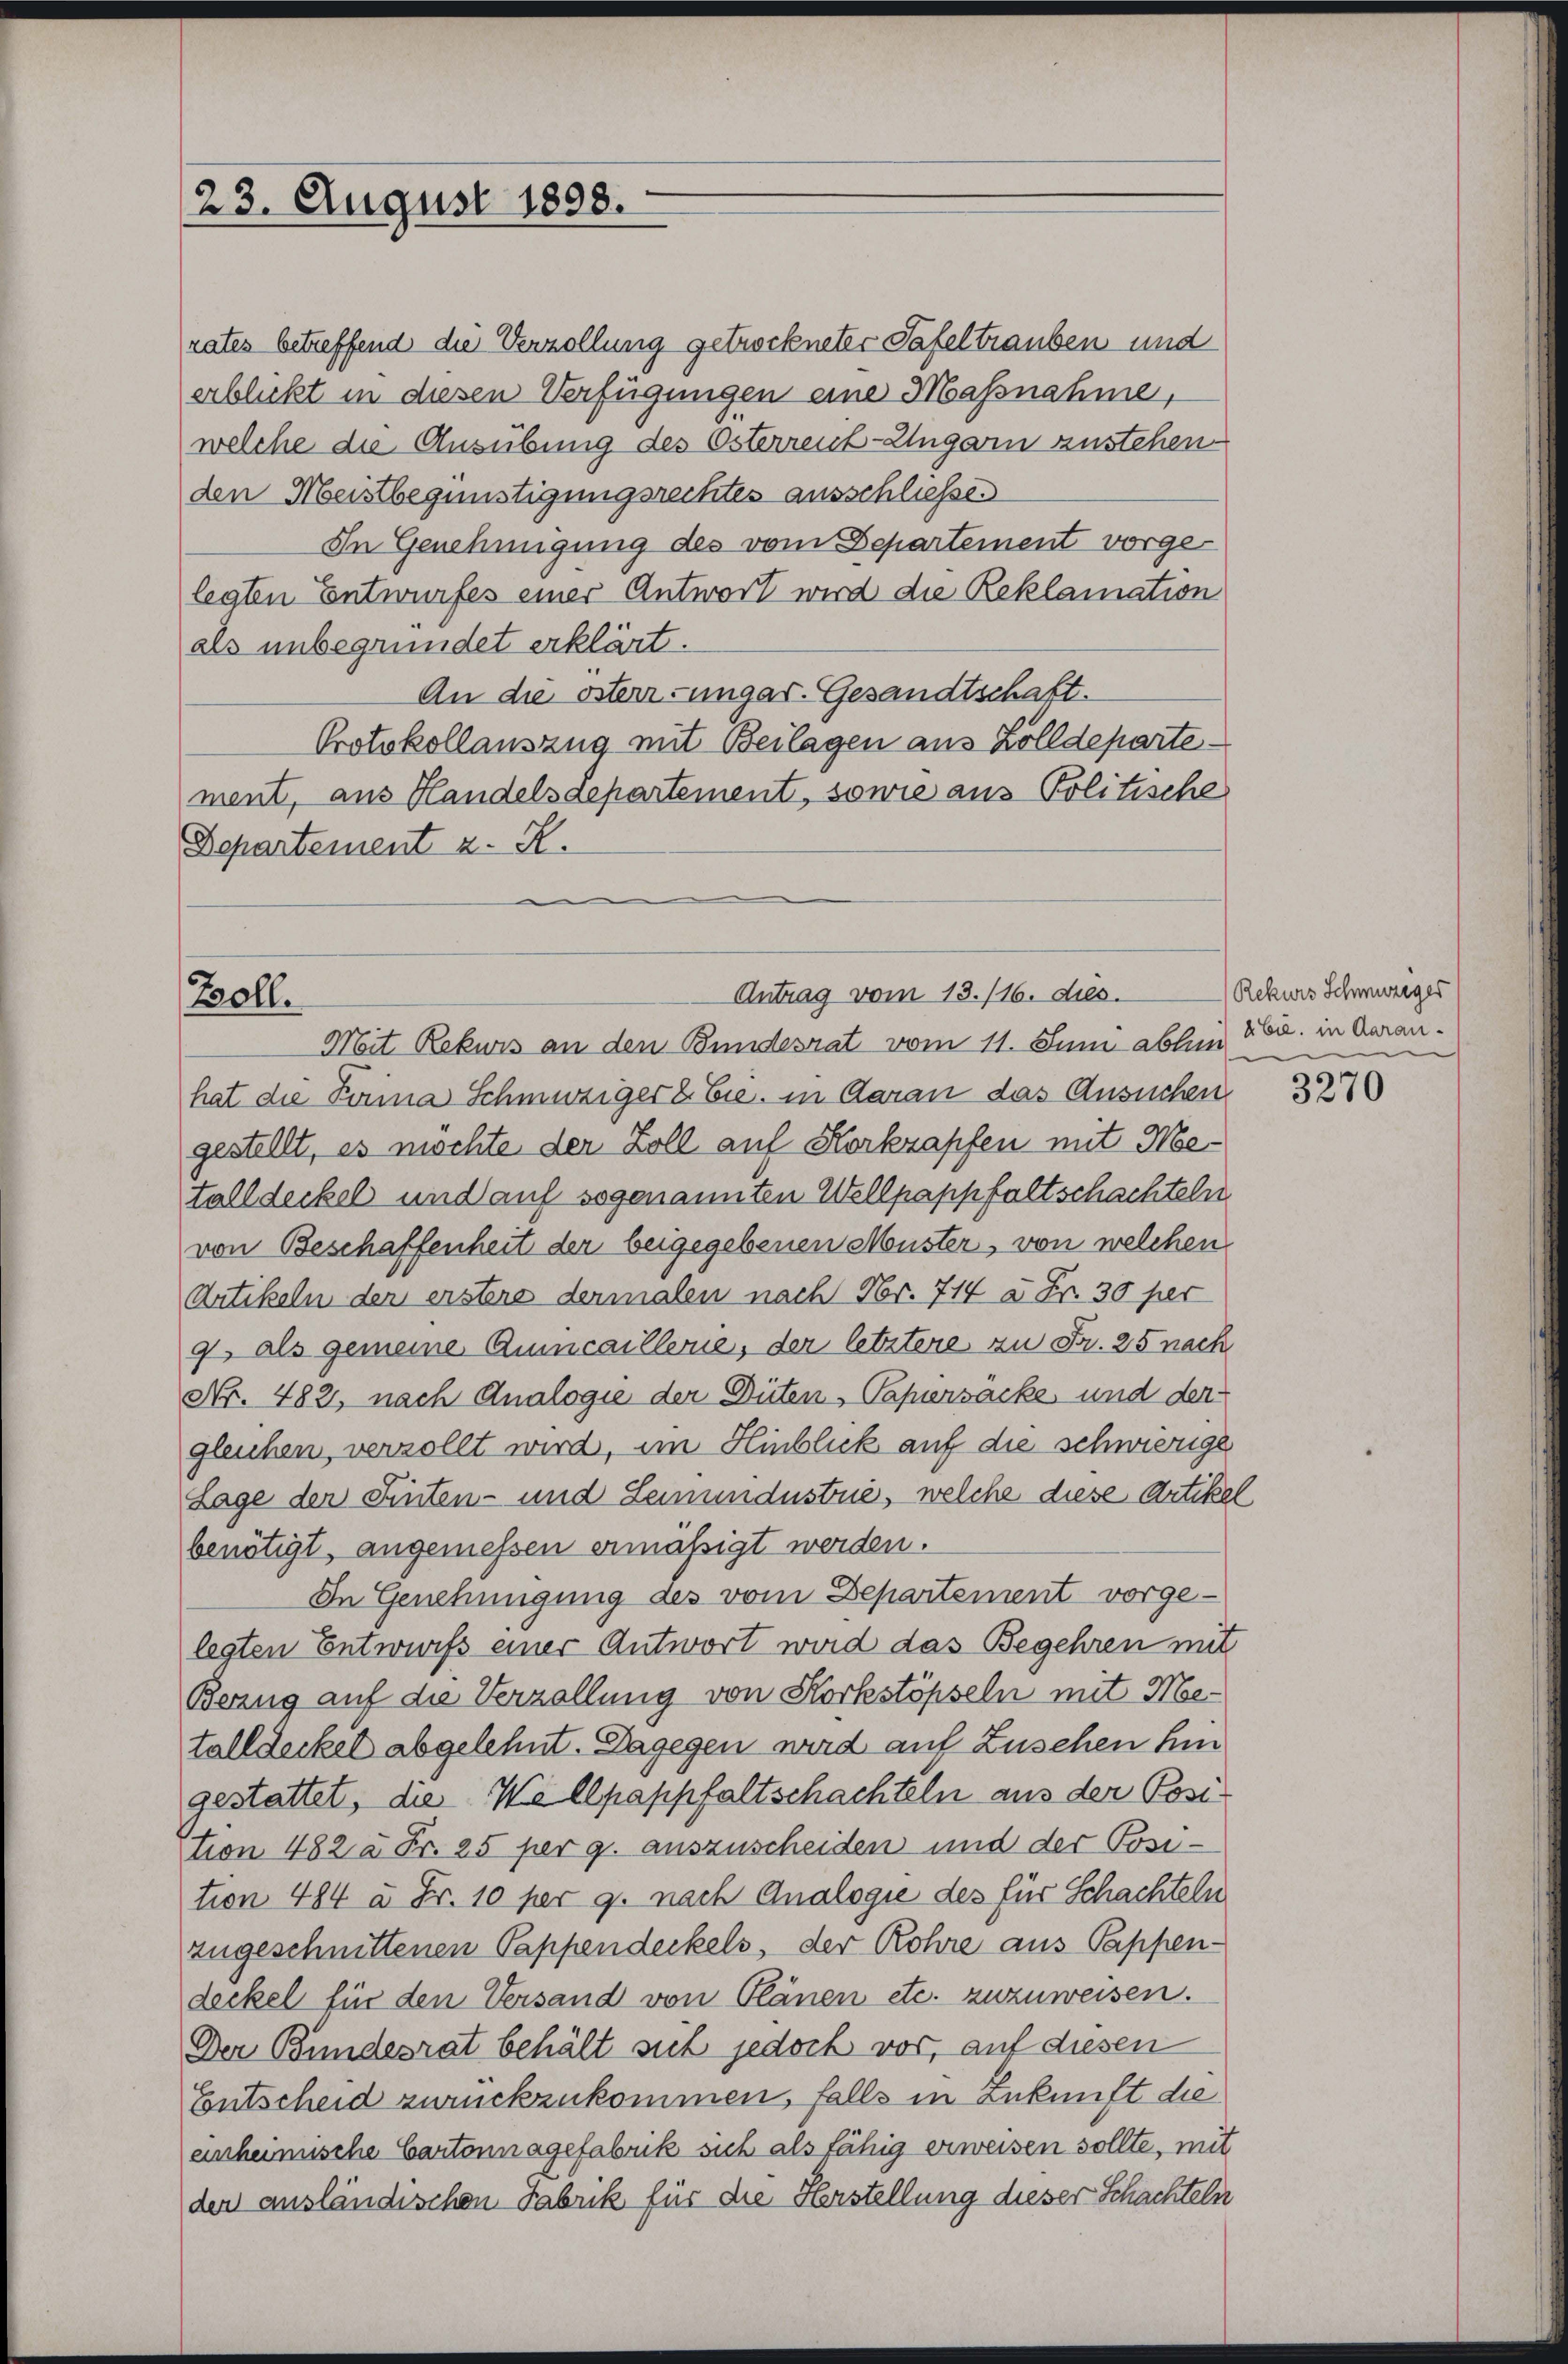
23. August 1898.

An die östern-ungar. Gesandtschaft.
Protokollauszug mit Beilagen aus Zolldeparte
ment, aus Handelsdepartement, sowie aus Politische
Departement z. R.

Antrag vom 13./16. dies.
Zoll.
Mit Rekurs an den Bundesrat vom 11. Juni abhin 162. in daran¬

hat die Perina Schmutziger & Cie. in daran das Ansuchen
gestellt, es möchte der Zoll auf Korkrapfen mit Metalldeckel und auf sogenannten Wellpappfaltschachteln
von Beschaffenheit der beigegebenen Muster, von welchen
Artikeln der erstere dermalen nach Fr. 714 à Fr. 30 per
9 als gemeine Quincaillerne, der letztere zu Fr. 25 nach
No. 482, nach Analogie der Düten Papiersäcke und der
gleichen, verzollt wird, im Hinblick auf die schwierige
Lage der Einten- und Lemundustrie, welche diese Artikel
benätigt, angemessen ermäßigt werden.
In Genehmigung des vom Departement vorge-
legten Entwurfs einer Antwort wird das Begehren mit
Berzug auf die Verzallung von Storkstöpseln mit Metalldeckel abgelehnt. Dagegen wird auf Zusehen hin
gestattet, die Wellpappfaltschachteln aus der Posttion 482 à Fr. 25 per g. auszuscheiden und der Position 484 à Fr. 10 per g. nach Analogie des für Schachteln
zugeschnittenen Pappendeckels, der Rohre aus Pappen-
deckel für den Versand von Plänen etc. zuzuweisen.
Der Bundesrat behält sich jedoch vor, auf diesen
Entscheid zurückzukommen, falls in Zukunft die
einheimische Cartonnagefabrik sich als fähig erweisen sollte, mit
der ausländischen Fabrik für die Herstellung dieser Schachteln

rates betreffend die Verzollung getrockneter Tafeltrauben und
erblickt in diesen Verfügungen eine Massnahme,
welche die Ausübung des Osterreich-Ungarn zustehen-
den Meistbegünstigungsrechtes ausschließen
In Genehmigung des vom Departement vorge-
legten Entwurfes einer Antwort wird die Reklamation
als unbegründet erklärt.

Rekurs Schmuzeger

3270